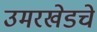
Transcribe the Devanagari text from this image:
उमरखेडचे